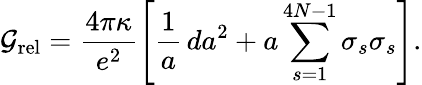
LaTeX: {\cal G}_{\mathrm{rel}}=\frac{4\pi\kappa}{e^{2}}\left[\frac{1}{a}\, da^{2}+a\sum_{s=1}^{4N-1}\sigma_{s}\sigma_{s}\right].